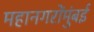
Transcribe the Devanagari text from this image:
महानगरोंमुंबई